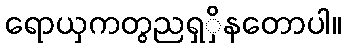
ရောယှကတွညရှှိနတောပါ။